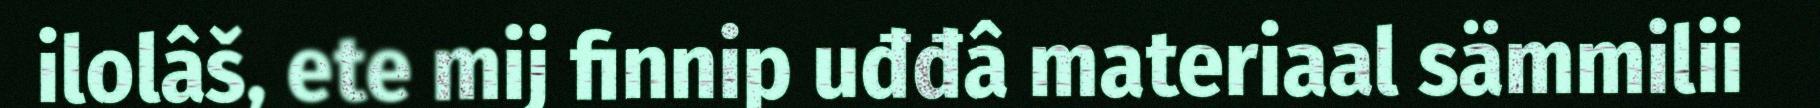
ilolâš, ete mij finnip uđđâ materiaal sämmilii